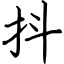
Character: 抖